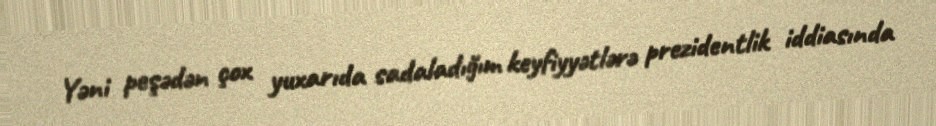
Yəni peşədən çox yuxarıda sadaladığım keyfiyyətlərə prezidentlik iddiasında